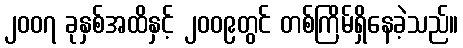
၂၀၀၇ ခုနှစ်အထိနှင့် ၂၀၀၉တွင် တစ်ကြိမ်ရှိနေခဲ့သည်။